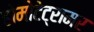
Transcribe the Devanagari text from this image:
होमोटेट्रामर